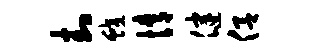
封蛟情健侣